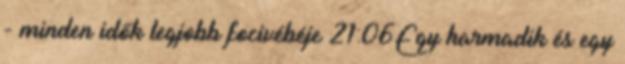
- minden idők legjobb focivébéje 21:06Egy harmadik és egy